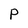
Character: P